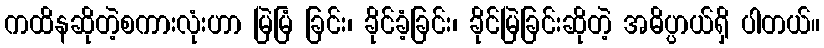
ကထိနဆိုတဲ့စကားလုံးဟာ မြဲမြံ ခြင်း၊ ခိုင်ခံ့ခြင်း၊ ခိုင်မြဲခြင်းဆိုတဲ့ အဓိပ္ပာယ်ရှိ ပါတယ်။